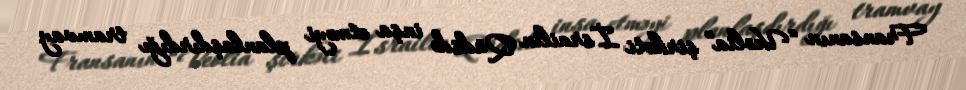
Fransanın “Veolia” şirkəti İsrailin Qüdsdə inşa etməyi planlaşdırdığı tramvay